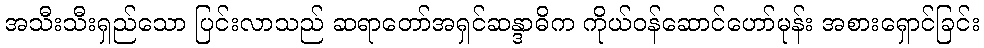
အသီးသီးရှည်သော ပြင်းလာသည် ဆရာတော်အရှင်ဆန္ဒာဓိက ကိုယ်ဝန်ဆောင်ဟော်မုန်း အစားရှောင်ခြင်း